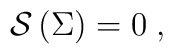
\mathcal{S}\left( \Sigma \right) =0\;,